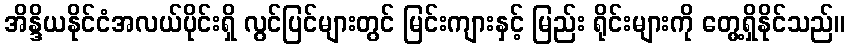
အိန္ဒိယနိုင်ငံအလယ်ပိုင်းရှိ လွင်ပြင်များတွင် မြင်းကျားနှင့် မြည်း ရိုင်းများကို တွေ့ရှိနိုင်သည်။